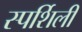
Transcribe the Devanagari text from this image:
स्पर्शिली